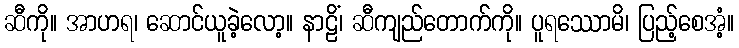
ဆီကို။ အာဟရ၊ ဆောင်ယူခဲ့လော့။ နာဠိံ၊ ဆီကျည်တောက်ကို။ ပူရဿောမိ၊ ပြည့်စေအံ့။